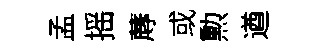
孟摇蓐或勲遒